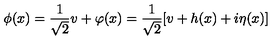
\phi ( x ) = { \frac { 1 } { \sqrt 2 } } v + \varphi ( x ) = { \frac { 1 } { \sqrt 2 } } [ v + h ( x ) + i \eta ( x ) ]